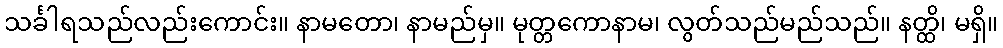
သင်္ခါရသည်လည်းကောင်း။ နာမတော၊ နာမည်မှ။ မုတ္တကောနာမ၊ လွတ်သည်မည်သည်။ နတ္ထိ၊ မရှိ။